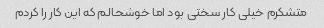
متشکرم خیلی کار سختی بود اما خوشحالم که این کار را کردم